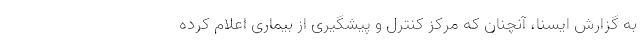
به گزارش ایسنا، آنچنان که مرکز کنترل و پیشگیری از بیماری اعلام کرده